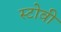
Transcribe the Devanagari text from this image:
स्टोवी